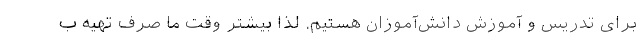
برای تدریس و آموزش دانش‌آموزان هستیم. لذا بیشتر وقت ما صرف تهیه ب